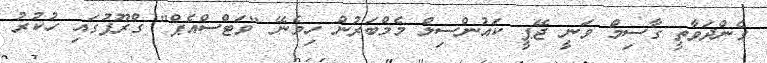
ގެންދަވާތީ ގާސިމް ވަނީ ޖޭޕީ ކައުންސިލް މެމްބަރުން ހިމެނޭ "ވަޓްސްއެޕް" ގްރޫޕުގައި ހުކުރު